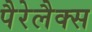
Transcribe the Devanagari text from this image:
पैरेलैक्स